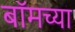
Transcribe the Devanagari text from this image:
बॉमच्या